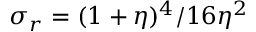
\sigma _ { r } = ( 1 + \eta ) ^ { 4 } / 1 6 \eta ^ { 2 }